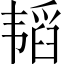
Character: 韬